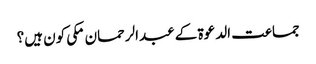
جماعت الدعوۃ کے عبدالرحمان مکی کون ہیں؟